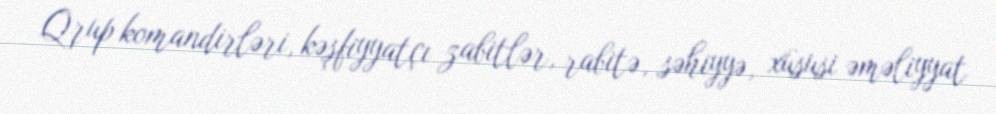
Qrup komandirləri, kəşfiyyatçı zabitlər, rabitə, səhiyyə, xüsusi əməliyyat